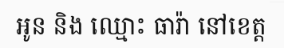
អូន និង ឈ្មោះ ធារ៉ា នៅខេត្ត